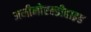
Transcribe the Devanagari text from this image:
अमीनोएल्डीहाइड